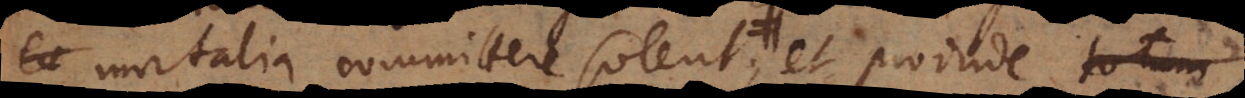
mortalia committere solent, omnes enim